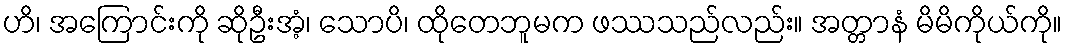
ဟိ၊ အကြောင်းကို ဆိုဦးအံ့၊ သောပိ၊ ထိုတေဘူမက ဖဿသည်လည်း။ အတ္တာနံ မိမိကိုယ်ကို။